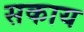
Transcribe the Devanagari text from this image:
सकाय